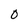
Character: 0